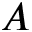
A